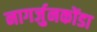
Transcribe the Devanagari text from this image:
नागर्जुनकोंडा